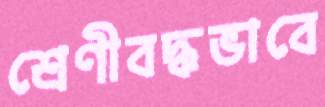
শ্রেণীবদ্ধভাবে